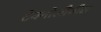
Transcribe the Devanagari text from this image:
टेक्नोलौजीस